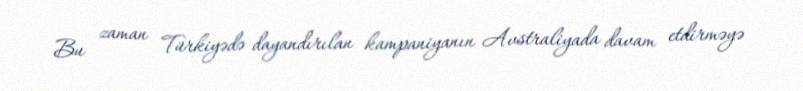
Bu zaman Türkiyədə dayandırılan kampaniyanın Avstraliyada davam etdirməyə